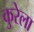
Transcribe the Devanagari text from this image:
कुरेला